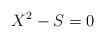
LaTeX: \begin{align*}X^2 - S =0\end{align*}